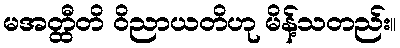
မအတ္ထီတိ ဝိညာယတိဟု မိန့်သတည်း။